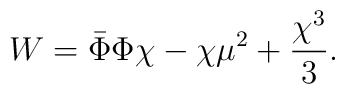
W =  \bar{\Phi}\Phi \chi - \chi\mu^2 + {\chi^3 \over 3}.